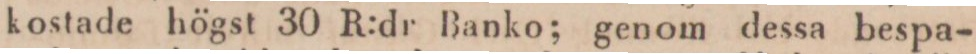
kostade högst 30 R:dr Banko; genom dessa bespa-